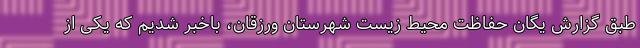
طبق گزارش یگان حفاظت محیط زیست شهرستان ورزقان، باخبر شدیم که یکی از